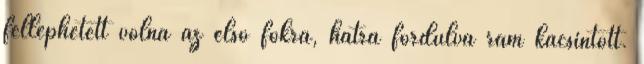
felléphetett volna az első fokra, hátra fordulva rám kacsintott.